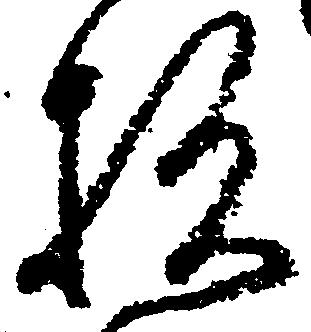
杉